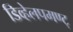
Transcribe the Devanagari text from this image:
डिव्हेलपमण्ट्